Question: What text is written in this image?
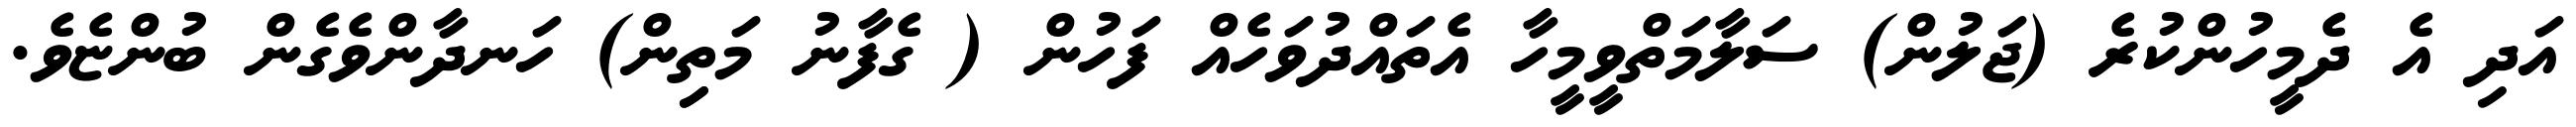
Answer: އަދި އެ ދެމީހުންކުރެ (ޖަލުން) ސަލާމަތްވީމީހާ އެތައްދުވަހެއް ފަހުން ( ގެފާނު މަތިިން) ހަނދާންވެގެން ބުންޏެވެ.